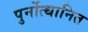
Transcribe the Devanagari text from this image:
पुर्नोत्थानित